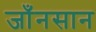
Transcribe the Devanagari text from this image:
जाँनसान